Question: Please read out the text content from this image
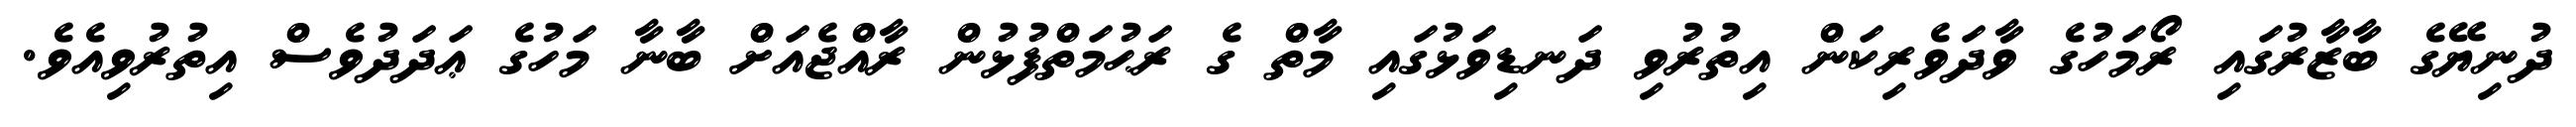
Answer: ދުނިޔޭގެ ބާޒާރުގައި ރޯމަހުގެ ވާދަވެރިކަން އިތުރުވި ދަނޑިވަޅުގައި މާތް ގެ ރަޙުމަތްފުޅުން ރާއްޖެއަށް ބާނާ މަހުގެ ޢަދަދުވެސް އިތުރުވިއެވެ.